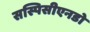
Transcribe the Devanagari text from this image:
सस्पिसीएनडो